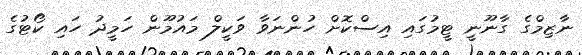
ނާޒިމްގެ ގާނޫނީ ޓީމުގައި އިސްކޮށް ހުންނަވާ ވަކީލް މައުމޫން ހަމީދު ހައި ކޯޓުގެ